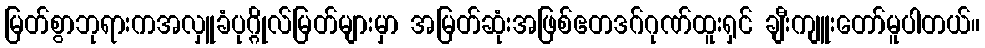
မြတ်စွာဘုရားကအလှူခံပုဂ္ဂိုလ်မြတ်များမှာ အမြတ်ဆုံးအဖြစ်ဧတဒဂ်ဂုဏ်ထူးရှင် ချီးကျူးတော်မူပါတယ်။